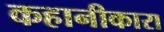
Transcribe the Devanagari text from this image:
कहानीकारा